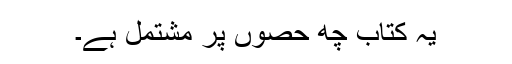
یہ کتاب چھ حصوں پر مشتمل ہے۔